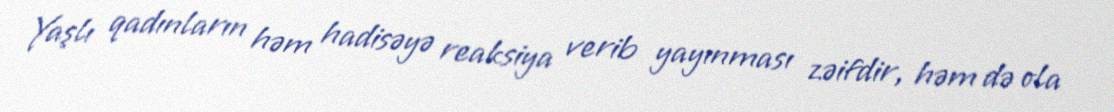
Yaşlı qadınların həm hadisəyə reaksiya verib yayınması zəifdir, həm də ola